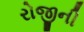
રોજીની